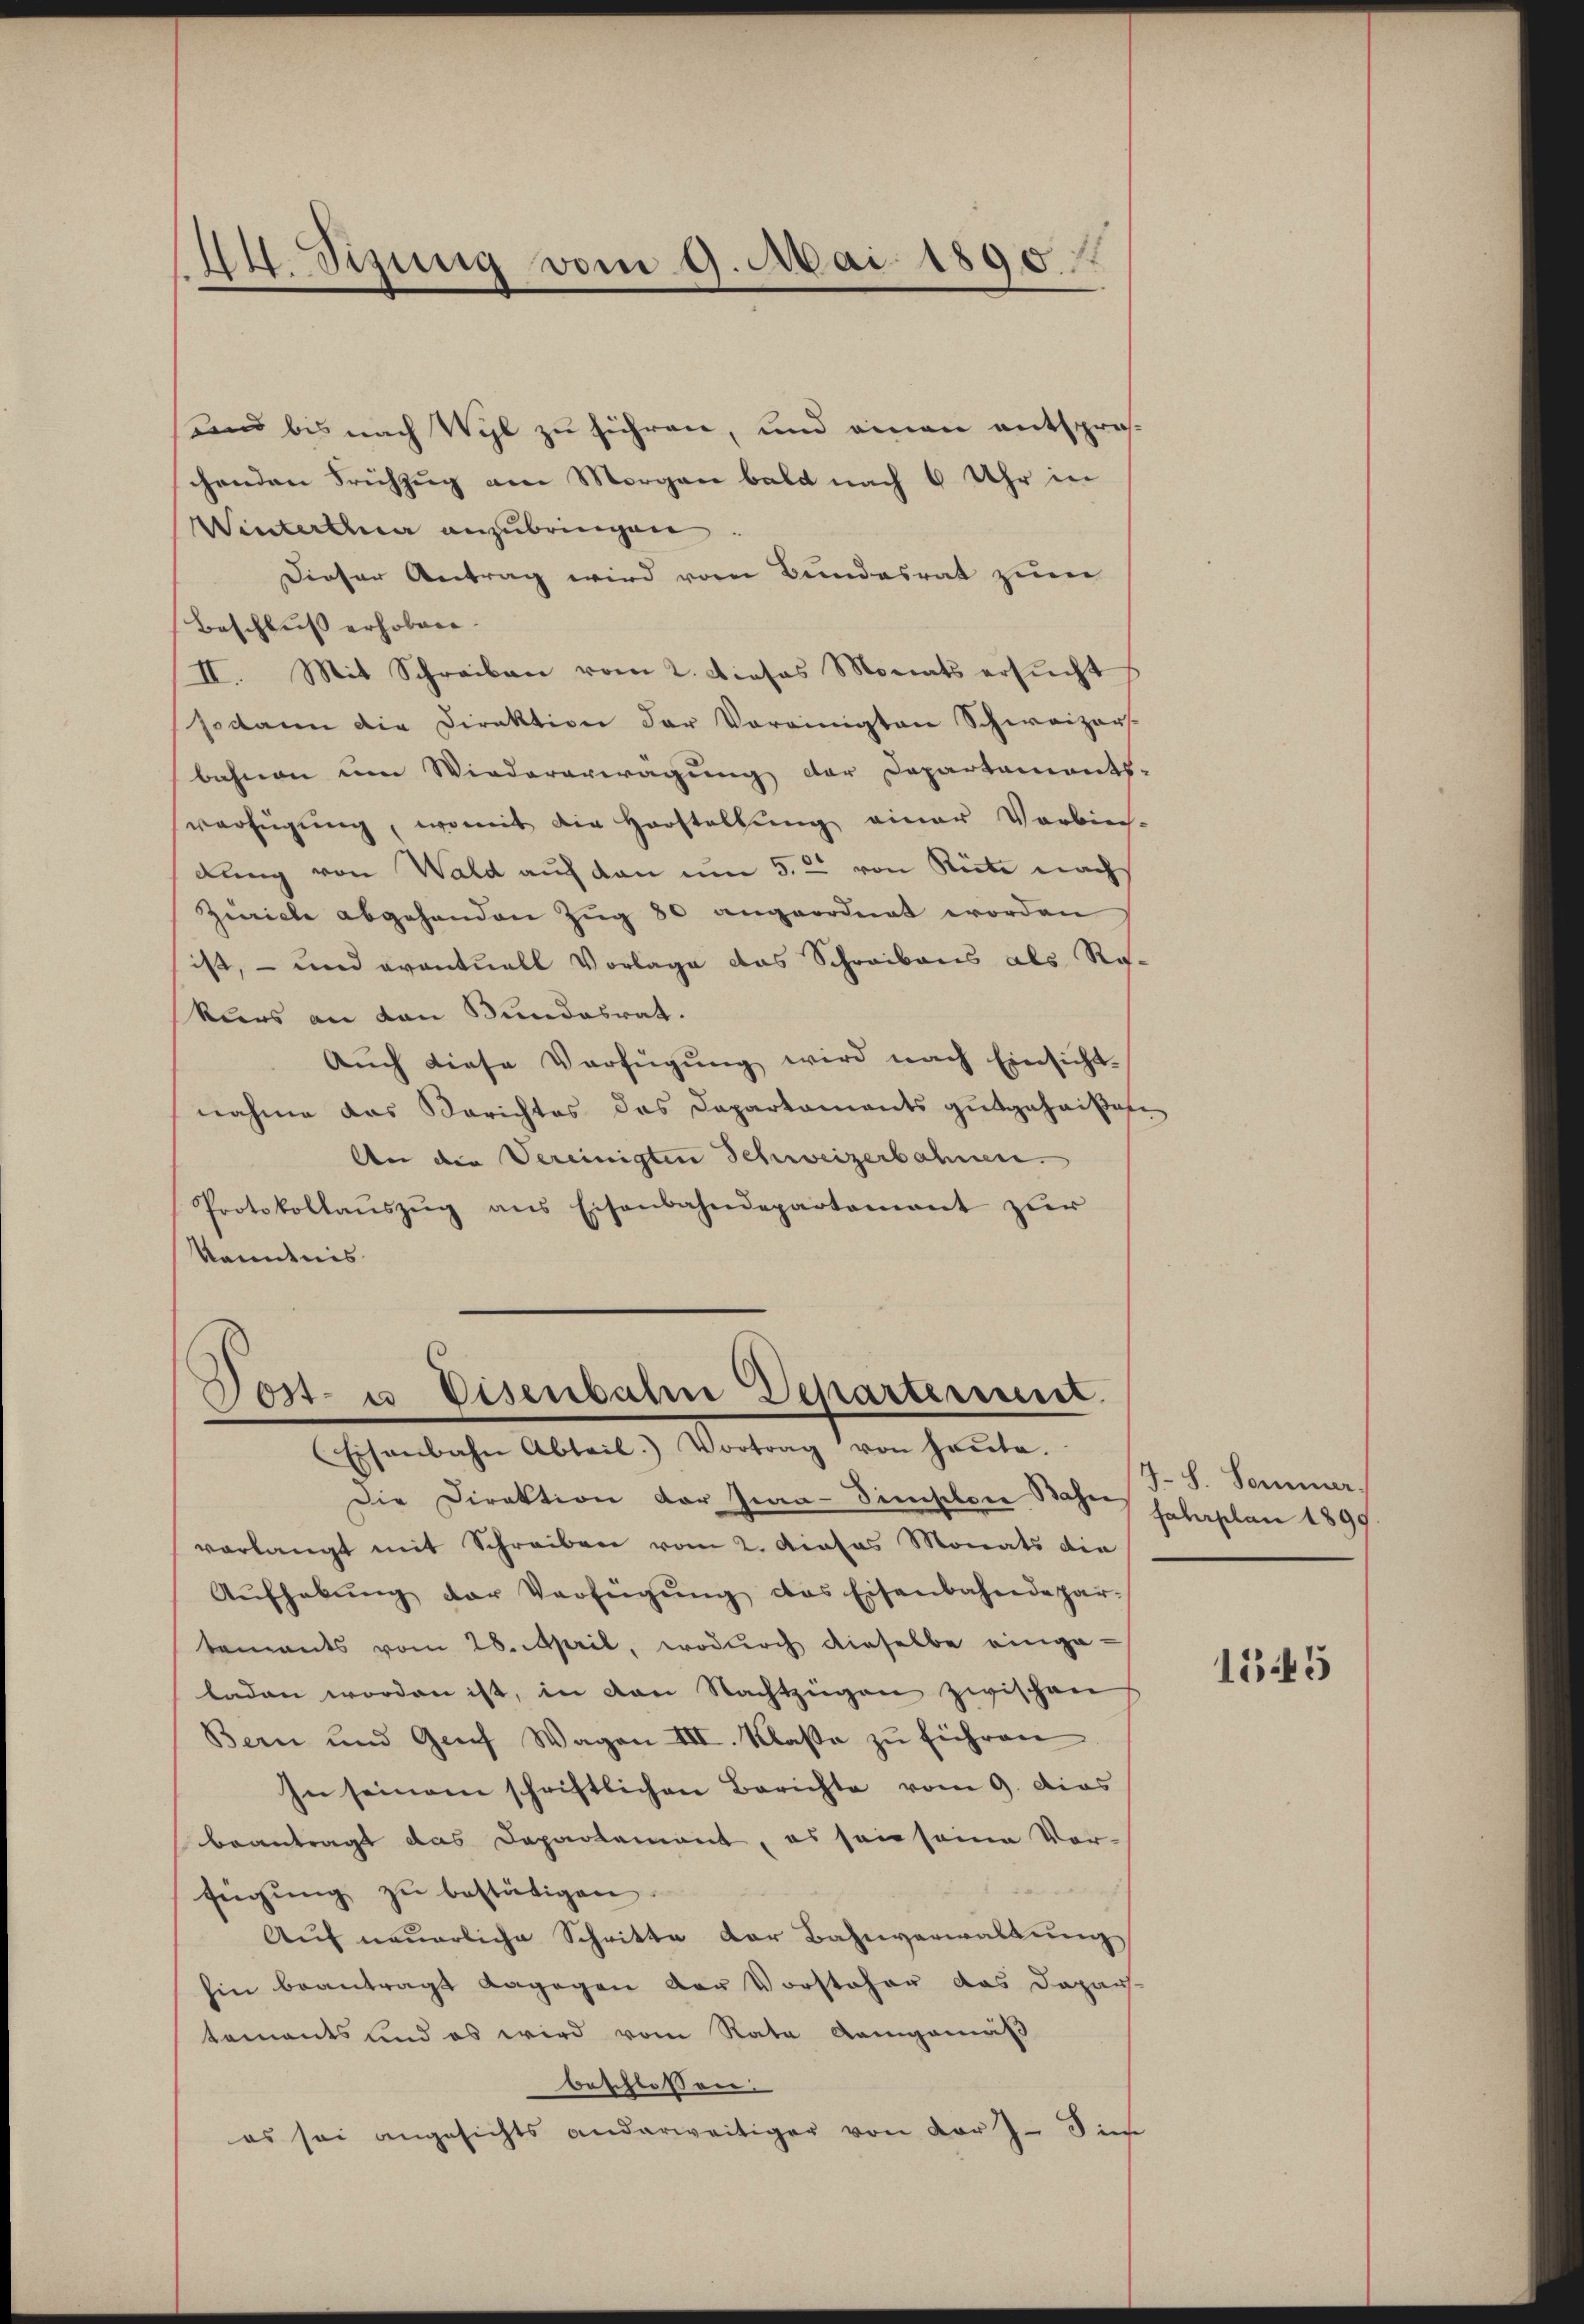
14. Sizung vom 9. Mai 1890

und bis nach Wyl zu führen, und einen entsprochenden Frühzug am Morgen bald nach 6 Uhr in
Winterthur anzubringen
Dieser Antrag wird vom Bundesrat zuer
Beschluss erhoben.
II. Mit Schreiben vom 2. dieses Monats ersŭcht
sodann die Direktion der Vereinigten Schweizer-
bahnen um Wiedererwägung der Departements-
verfügung, womit die Horstellung einer Vorbie-
dung von Wald auf den um 5. 2 von Riete nach
Ziiche abgehenden Zug 80 angeordnet worden
ist, - und eventuell Vorlage das Schreibens als Rokurs an den Bundesrat.
Aŭch diese Verfügŭng wird nach Einsicht-
nahme das Berichtes das Dapartaments gutgehaisen¬
An der Vereinigten Schweizerbahnen.
Protokollaŭszŭg ans Eisenbahndepartement zŭr
kanntnis

Post- u. Eisenbahn Departement.
Eisenbahn Abteil. Vortrag von heŭte.

Die Direktion der Jwa-Simselger Bahn solaplan 1899
verlangt mit Schreiben vom 2. Dieses Monats die
Aŭfhebŭng der Verfügŭng des Eisenbahndepar-
tements vom 28. April, wodurch dieselbe einge-
laden worden ist, in von Nachtzügen zwischen
Bern und Genf Wagen III. Klasse zŭ führen
In seinem schriftlichen Berichte vom 9. dies
beantragt das Departement, es sein seine Vorfügŭng zŭ bestätigen.
Aŭf neŭerliche Schritte der Bahnverwaltŭng
hin beantragt dagegen der Vorsteher das Dapar-
tements sind es wird vom Rata Aamgemäß
beschlossen:
es sei angesichts anderweitiger von vor J. Sie

J. h. Sommer.

1545